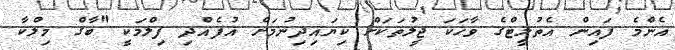
އެންމެ ފައިން އެތުލީޓްގެ ވާހަކަ ޖީލުތަކަށް ކިޔައިދިނުމަށް އުފެއްދި ފިލްމަކީ "ބާގް މިލްކާ